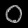
Digit: ၀